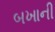
બખાની